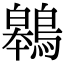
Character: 鷎